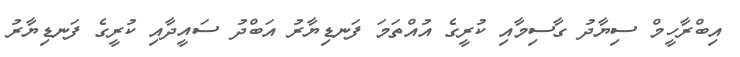
އިބްރާހީމް ސިޔާދު ގާސިމާއި ކުރީގެ އުއްތަމަ ފަނޑިޔާރު އަބްދު ސައީދާއި ކުރީގެ ފަނޑިޔާރު